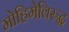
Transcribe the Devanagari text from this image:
मोहिमेविरुद्ध